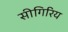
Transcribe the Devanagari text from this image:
सीगिरिय